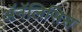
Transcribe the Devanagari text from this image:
ॲनॅलिसिस